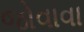
જોવાવા